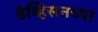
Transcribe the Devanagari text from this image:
डेव्हिसनच्या